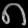
Digit: ၈